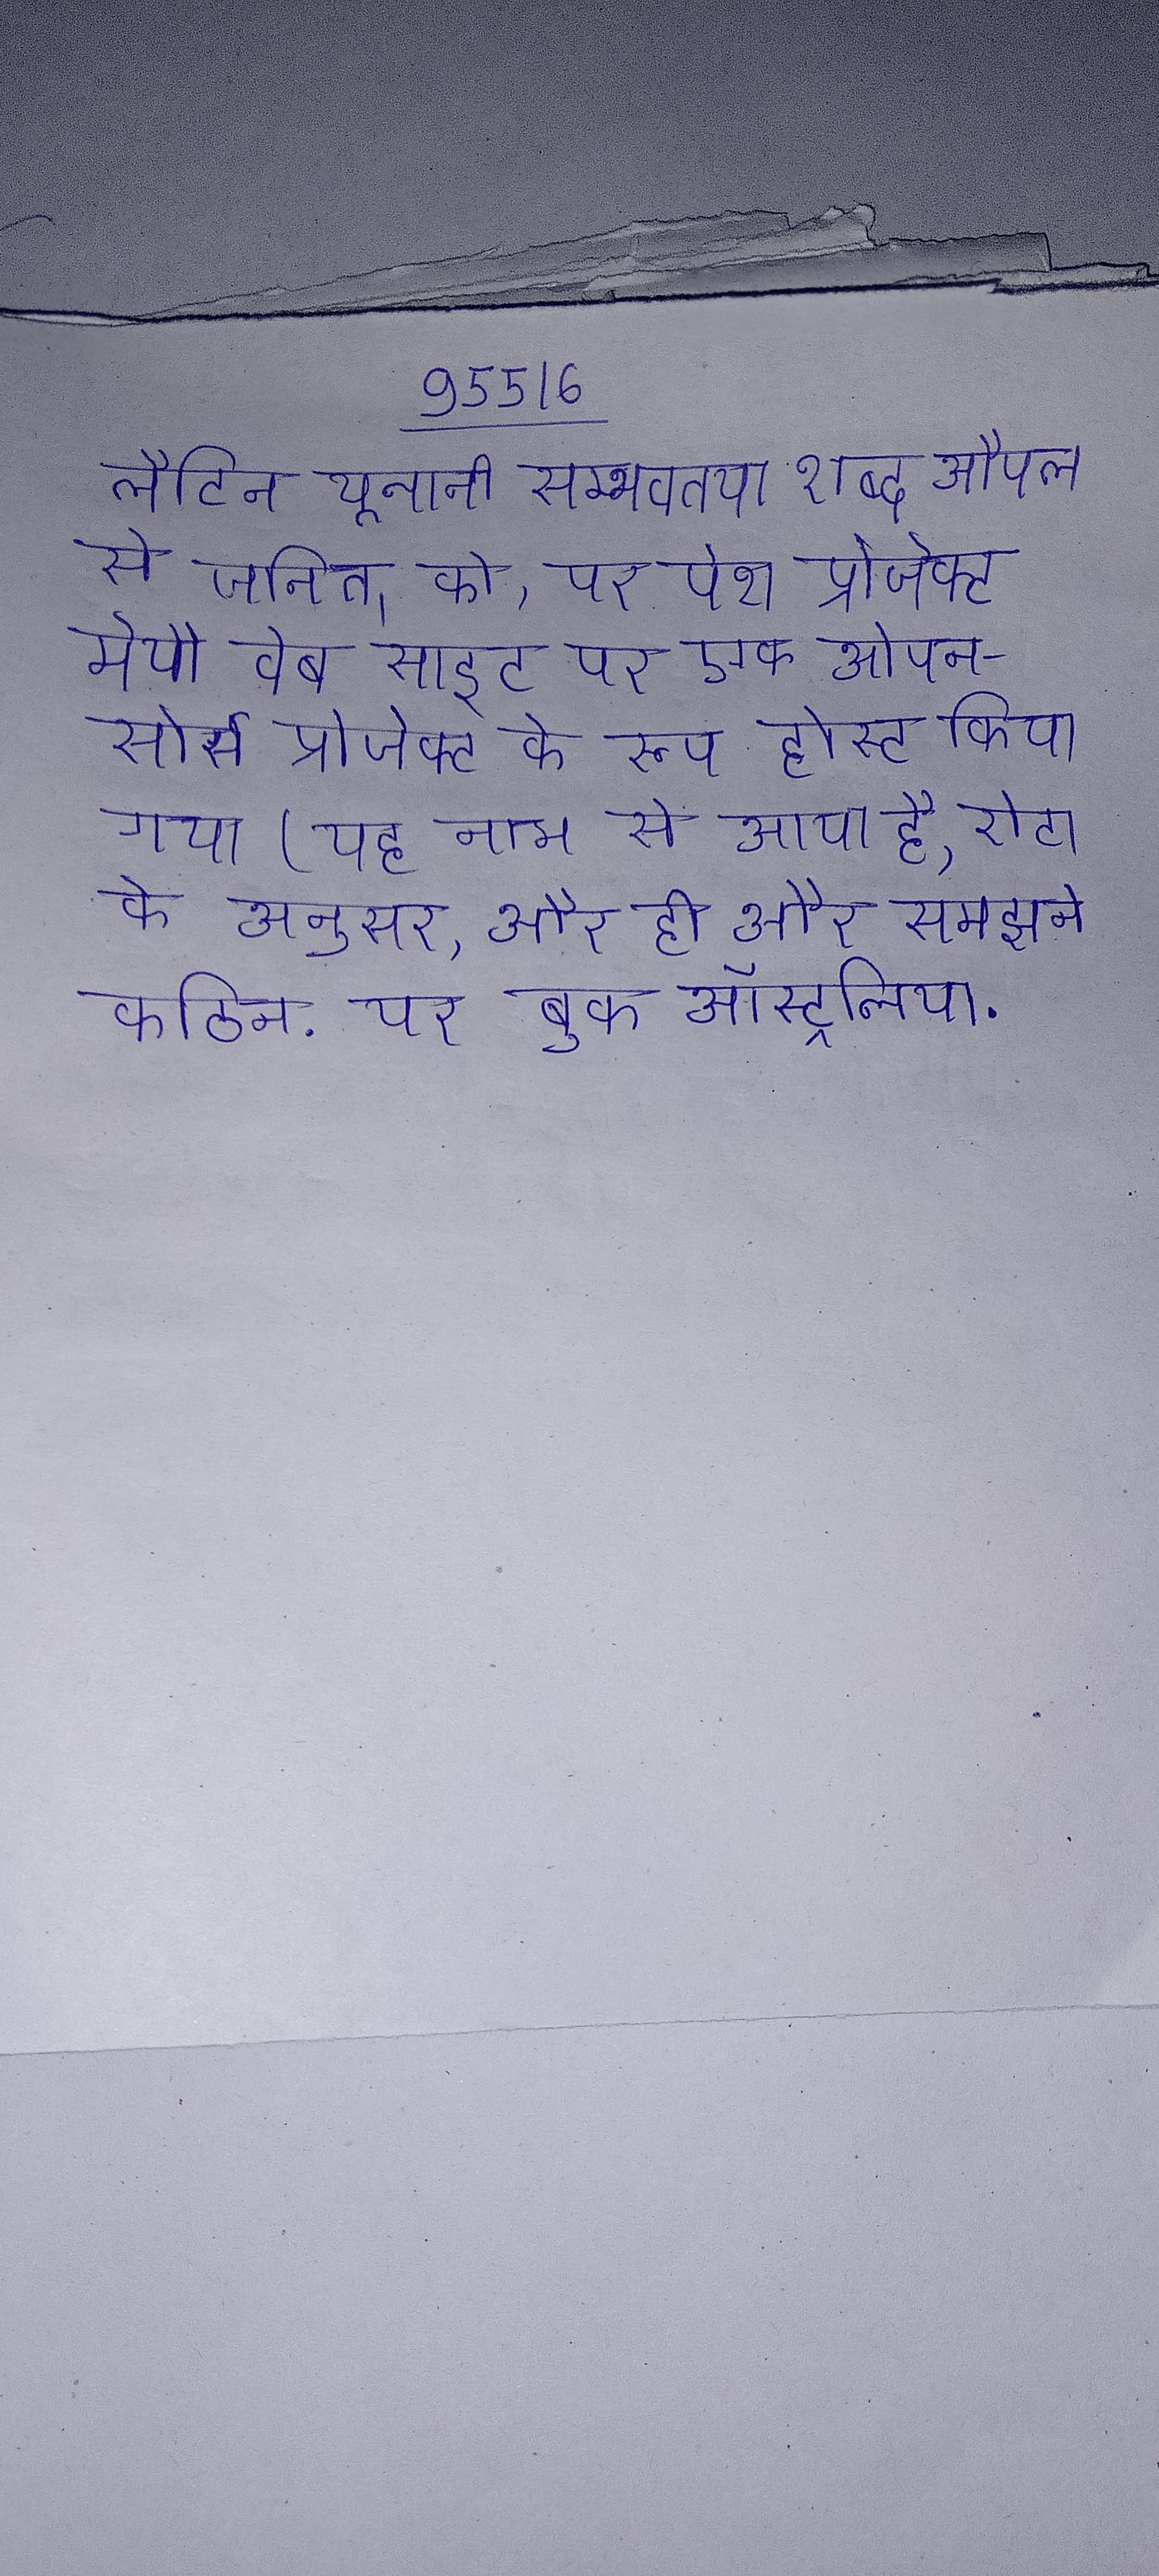
लैटिन यूनानी सम्भवतया शब्द औपल से जनित । को, पर पेश प्रोजेक्ट मेयो वेब साइट पर एक ओपन-सोर्स प्रोजेक्ट के रूप होस्ट किया गया (यह नाम से आया है, रोटा के अनुसार, और ही और समझने कठिन . यर बुक ऑस्ट्रेलिया .